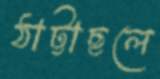
ঠাট্টাছলে